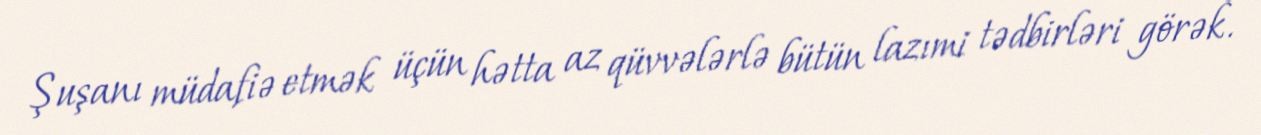
Şuşanı müdafiə etmək üçün hətta az qüvvələrlə bütün lazımi tədbirləri görək.